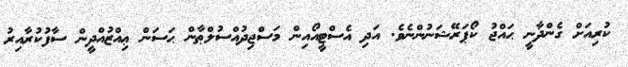
ކުރިއަށް ގެންދާނީ ޙައްޖު ކޯޕަރޭޝަނުންނެވެ. އަދި އެސްޓީއޯއިން މަސްޖިދުއްސުލްޠާން ޙަސަން ޢިއްޒުއްދީން ސާފުކުރާއިރު